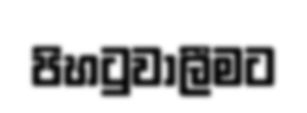
පිහටුවාලීමට